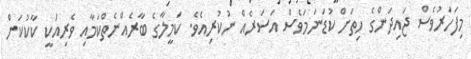
މިފަހަރުވެސް ޖައިދަންގެ ހިތަށް ކުޑަނަމަވެސް އަސަރެއް ނުކުރިއެވެ. ކަމީލާގެ ބާރެއްނެތްކަމާއި ވެރިއަކީ ކާކުކަން